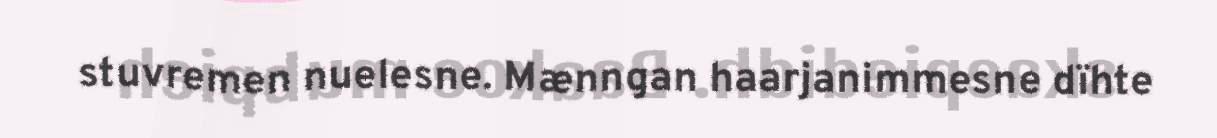
stuvremen nuelesne. Mænngan haarjanimmesne dïhte